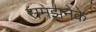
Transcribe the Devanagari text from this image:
समझनेके